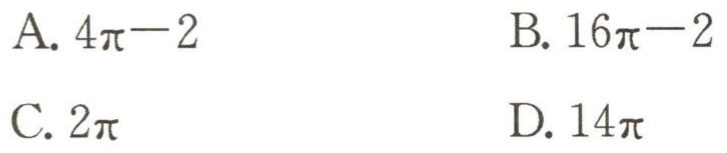
A. \(4\pi - 2\)

B. \(16\pi - 2\)

C. \(2\pi\)

D. \(14\pi\)